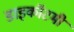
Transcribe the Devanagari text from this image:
डाइकॉटमी